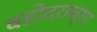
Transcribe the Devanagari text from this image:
वडोदराच्या